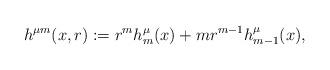
LaTeX: \begin{align*}h^{\mu m}(x,r) := r^m h^{\mu}_{m}(x) + m r^{m-1}h^{\mu}_{m-1}(x),\end{align*}